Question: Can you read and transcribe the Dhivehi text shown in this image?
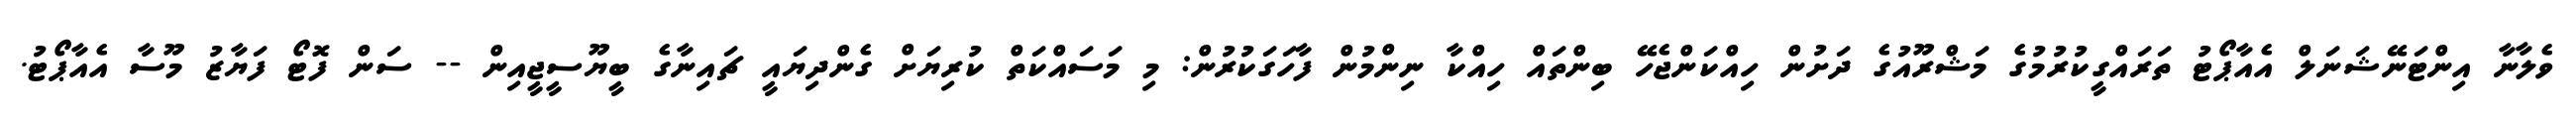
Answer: ވެލާނާ އިންޓަނޭޝަނަލް އެއާޕޯޓު ތަރައްގީކުރުމުގެ މަޝްރޫއުގެ ދަށުން ހިއްކަންޖެހޭ ބިންތައް ހިއްކާ ނިންމުން ފާހަގަކުރުން: މި މަސައްކަތް ކުރިޔަށް ގެންދިޔައީ ޗައިނާގެ ބީޔޫސީޖީއިން -- ސަން ފޮޓޯ ފަޔާޒު މޫސާ އެއާޕޯޓު.